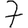
Digit: 7